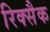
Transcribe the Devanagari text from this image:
रिक्सैक